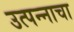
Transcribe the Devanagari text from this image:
उत्‍पन्‍नाचा